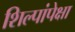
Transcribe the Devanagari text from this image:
शिल्पांपेक्षा